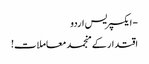
- ایکسپریس اردو
اقتدار کے منجمد معاملات!